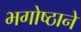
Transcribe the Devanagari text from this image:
भगोष्ठाने